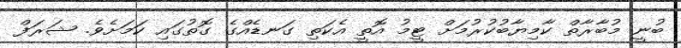
ބުނީ މުބާރާތް ކާމިޔާބުކުރުމަށް ޓީމު އޮތީ އެކަތި ގަނޑެއްގެ ގޮތުގައި ކަމަށެވެ. ޝަރަފް